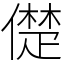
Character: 儊